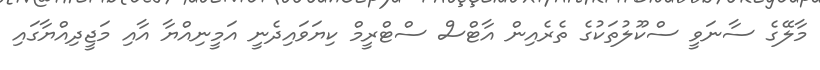
މާލޭގެ ސާނަވީ ސްކޫލުތަކުގެ ތެރެއިން އާޓްސް ސްޓްރީމް ކިޔަވައިދެނީ އަމީނިއްޔާ އާއި މަޖީދިއްޔާގައި